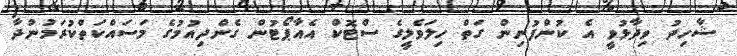
ޝާހިދު ވިދާޅުވީ އެ ކުންފުނިން ގަތް ހިލަވެލީގެ ސްޓޮކް އެއާޕޯޓުން ގެންދިއުމުގެ މަސައްކަތްކުރަމުންދާ